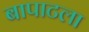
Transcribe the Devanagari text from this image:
बापाटला